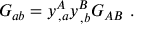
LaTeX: G _ { a b } = y _ { \, , a } ^ { A } y _ { \, , b } ^ { B } G _ { A B } ~ .